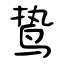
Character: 鸷